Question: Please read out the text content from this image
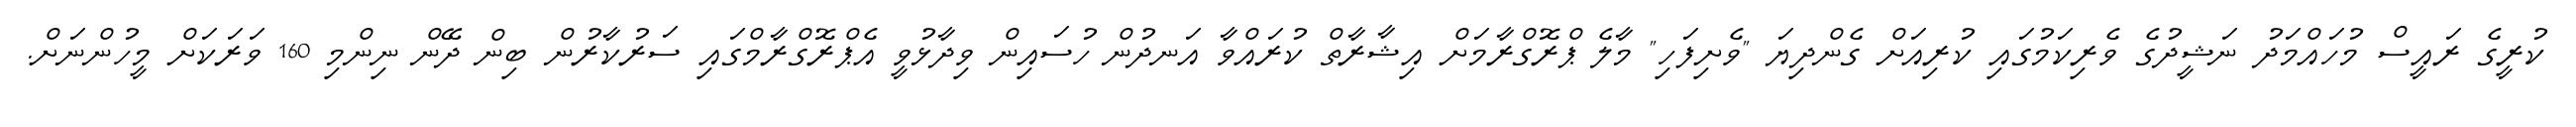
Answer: ކުރީގެ ރައީސް މުހައްމަދު ނަޝީދުގެ ވެރިކަމުގައި ކުރިއަށް ގެންދިޔަ "ވެށިފަހި" މާލެ ޕްރޮގްރާމަށް އިޝާރާތް ކުރައްވާ އަނދުން ހުސައިން ވިދާޅުވީ އެޕްރޮގްރާމްގައި ސަރުކާރުން ބިން ދޭން ނިންމި 160 ވަރަކަށް މީހުންނަށް.